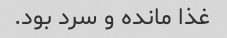
غذا مانده و سرد بود.